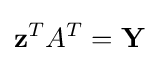
\mathbf {z} ^{T}A^{T}=\mathbf {Y}